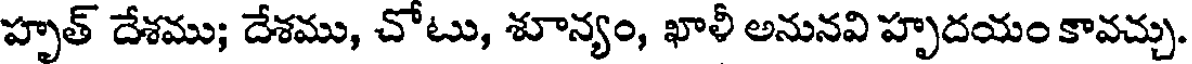
హృత్ దేశము; దేశము, చోటు, శూన్యం, ఖాళీ అనునవి హృదయం కావచ్చు.